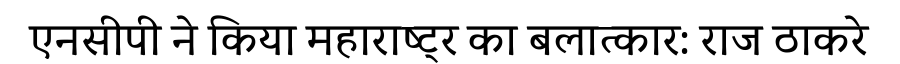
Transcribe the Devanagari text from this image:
एनसीपी ने किया महाराष्ट्र का बलात्कार: राज ठाकरे